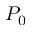
P _ { 0 }